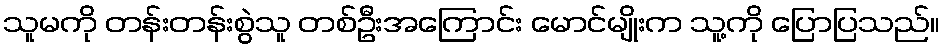
သူမကို တန်းတန်းစွဲသူ တစ်ဦးအကြောင်း မောင်မျိုးက သူ့ကို ပြောပြသည်။